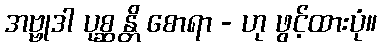
အဗ္ဗုဒါ ပုစ္ဆန္တိ စောရာ - ဟု ဖွင့်ထားပုံ။